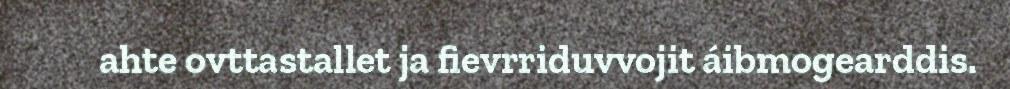
ahte ovttastallet ja fievrriduvvojit áibmogearddis.